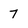
Character: 7